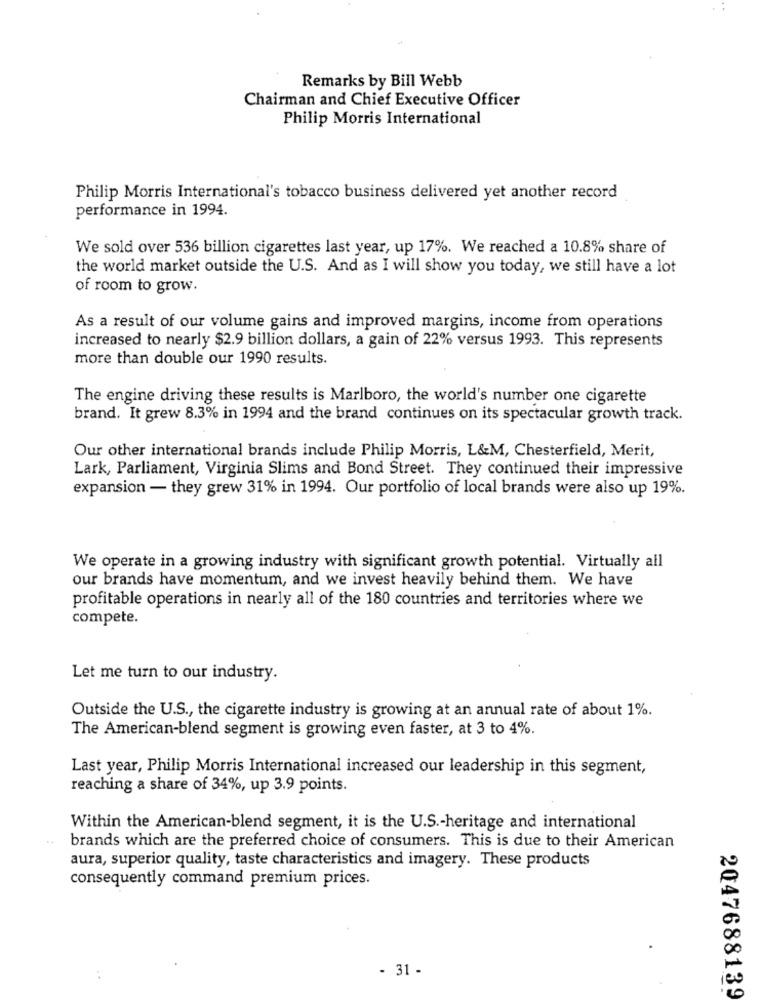
Remarks by Bill Webb
Chairman and Chief Executive Officer
Philip Morris International
Philip Morris International's tobacco business delivered yet another record
performance in 1994.
We sold over 536 billion cigarettes last year, up 17%. We reached a 10.8% share of
the world market outside the U.S. And as I will show you today, we still have a lot
of room to grow.
As a result of our volume gains and improved margins, income from operations
increased to nearly $2.9 billion dollars, a gain of 22% versus 1993. This represents
more than double our 1990 results.
The engine driving these results is Marlboro, the world's number one cigarette
brand. It grew 8.3% in 1994 and the brand continues on its spectacular growth track.
Our other international brands include Philip Morris, L&M, Chesterfield, Merit,
Lark, Parliament, Virginia Slims and Bond Street. They continued their impressive
expansion - they grew 31% in 1994. Our portfolio of local brands were also up 19%.
We operate in a growing industry with significant growth potential. Virtually all
our brands have momentum, and we invest heavily behind them. We have
profitable operations in nearly all of the 180 countries and territories where we
compete.
Let me turn to our industry.
Outside the U.S ., the cigarette industry is growing at an annual rate of about 1%.
The American-blend segment is growing even faster, at 3 to 4%.
Last year, Philip Morris International increased our leadership in this segment,
reaching a share of 34%, up 3.9 points.
Within the American-blend segment, it is the U.S .- heritage and international
brands which are the preferred choice of consumers. This is due to their American
aura, superior quality, taste characteristics and imagery. These products
consequently command premium prices.
- 31 -
:
2047688139